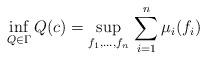
LaTeX: \begin{gather*}\inf_{Q\in\Gamma}Q(c)=\sup_{f_1,\ldots,f_n}\,\sum_{i=1}^n\mu_i(f_i)\end{gather*}